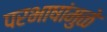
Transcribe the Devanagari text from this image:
परभाषांमुळे